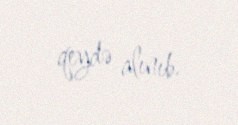
qeydə alınıb.